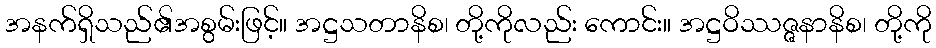
အနက်ရှိသည်၏အစွမ်းဖြင့်။ အဋ္ဌသတာနိစ၊ တို့ကိုလည်း ကောင်း။ အဋ္ဌဝိဿဇ္ဇနာနိစ၊ တို့ကို